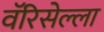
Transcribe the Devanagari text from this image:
वॅरिसेल्ला